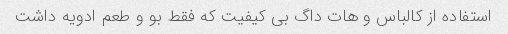
استفاده از کالباس و هات داگ بی کیفیت که فقط بو و طعم ادویه داشت